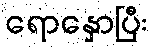
ရောနှောပြီး